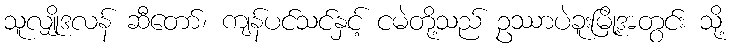
သူလျှိုဒလန် ဆီတော်၊ ကျန်ပင်သင်နှင့် ငမဲတို့သည် ဥဿာပဲခူးမြို့အတွင်း သို့